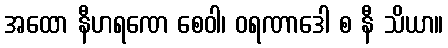
အထော နီဟရဏေ စေဝါ၊ ဝရဏာဒေါ စ နီ သိယာ။